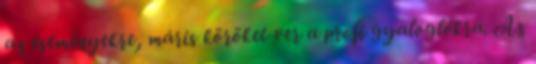
az eseményekre, máris köröket ver a profi gyaloglókra. Az